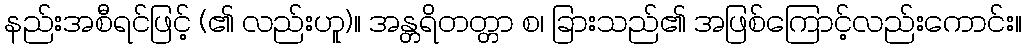
နည်းအစီရင်ဖြင့် (၏ လည်းဟူ)။ အန္တရိတတ္တာ စ၊ ခြားသည်၏ အဖြစ်ကြောင့်လည်းကောင်း။